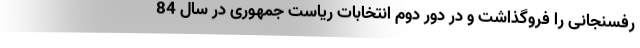
رفسنجانی را فروگذاشت و در دور دوم انتخابات ریاست جمهوری در سال 84